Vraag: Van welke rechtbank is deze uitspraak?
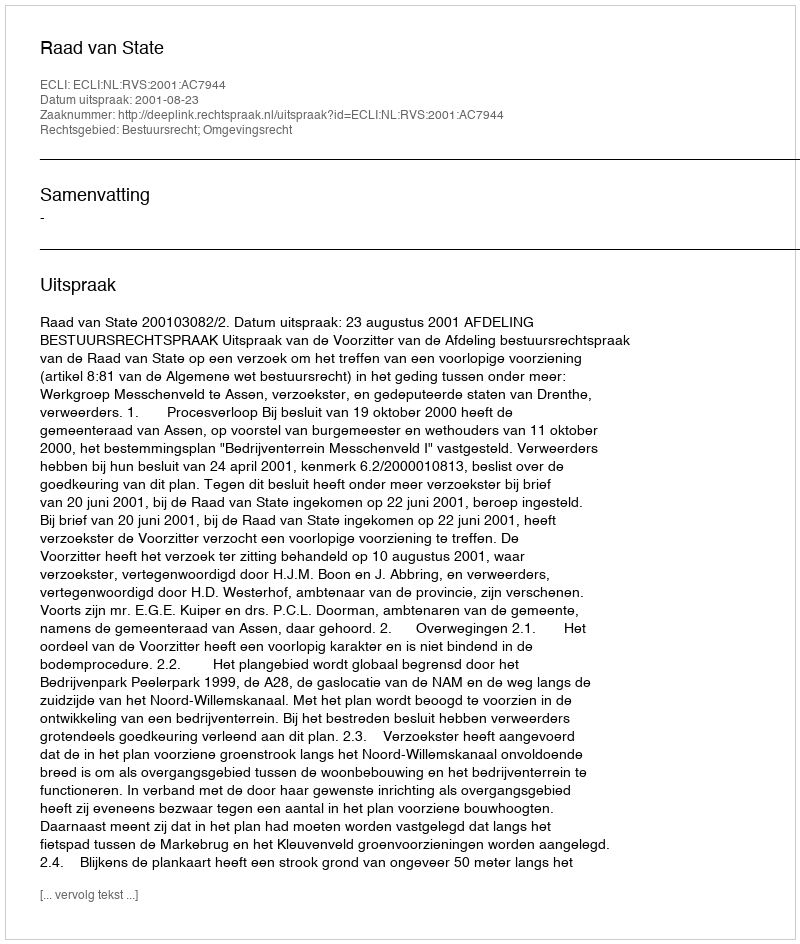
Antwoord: Raad van State